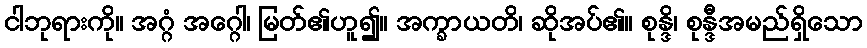
ငါဘုရားကို။ အဂ္ဂံ အဂ္ဂေါ၊ မြတ်၏ဟူ၍။ အက္ခာယတိ၊ ဆိုအပ်၏။ စုန္ဒိ၊ စုန္ဒီအမည်ရှိသော